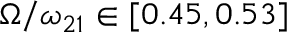
\Omega / \omega _ { 2 1 } \in [ 0 . 4 5 , 0 . 5 3 ]